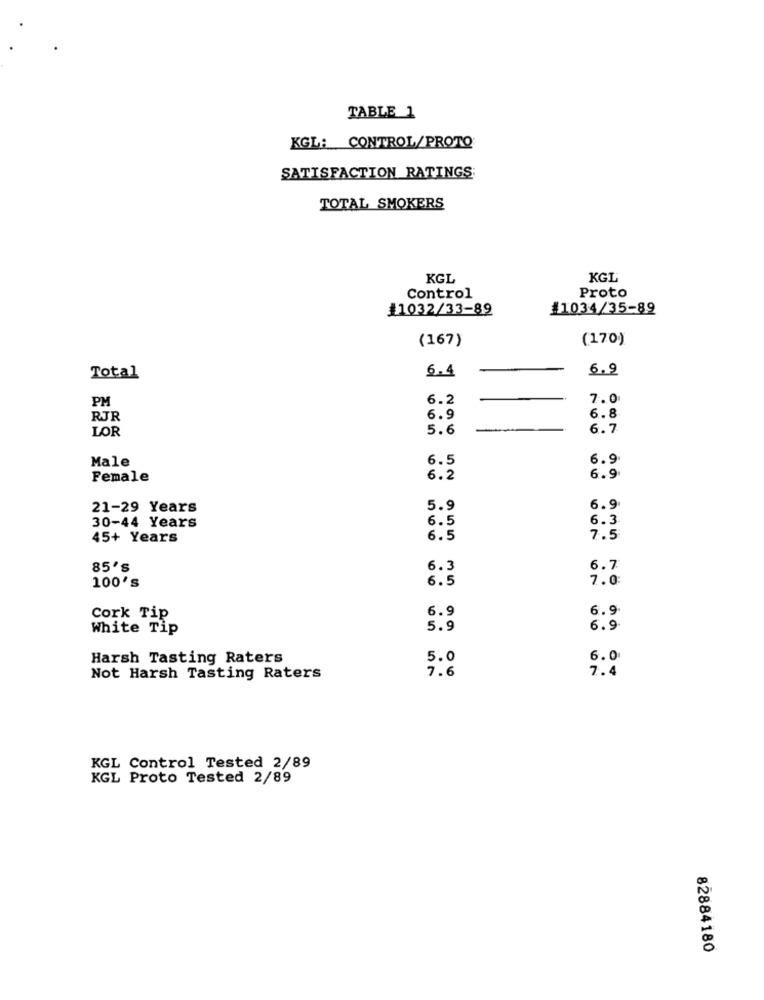
TABLE 1
KGL; CONTROL/PROTO
SATISFACTION RATINGS:
TOTAL SMOKERS
KGL
KGL
Proto
Control
#1032/33-89
#1034/35-89
(167)
(170)
6.4
6.9
Total
6.2
7.0
PM
RJR
6.9
6.8
LOR
5.6
6.7
Male
6.5
6.9
Female
6.2
6.9
21-29 Years
5.9
6.9
30-44 Years
6.5
6.3
45+ Years
6.5
7.5
85's
6.3
6.7
100's
6.5
7.0
6.9
6.9
Cork Tip
White Tip
5.9
6.9
Harsh Tasting Raters
5.0
6.0
7.6
7.4
Not Harsh Tasting Raters
KGL Control Tested 2/89
KGL Proto Tested 2/89
82884180